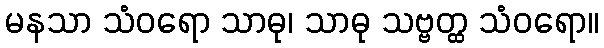
မနသာ သံဝရော သာဓု၊ သာဓု သဗ္ဗတ္ထ သံဝရော။